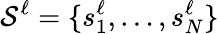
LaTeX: \mathcal{S}^{\ell}=\{ s_{1}^{\ell},\dots,s_{N}^{\ell}\}